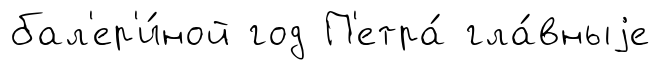
бал'ер'и́ной год П'етра́ гла́вныjе